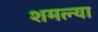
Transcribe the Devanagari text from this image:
शमल्या